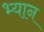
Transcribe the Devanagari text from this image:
भ्यान